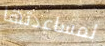
لمساعدتها